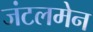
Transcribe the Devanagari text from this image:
जंटलमेन